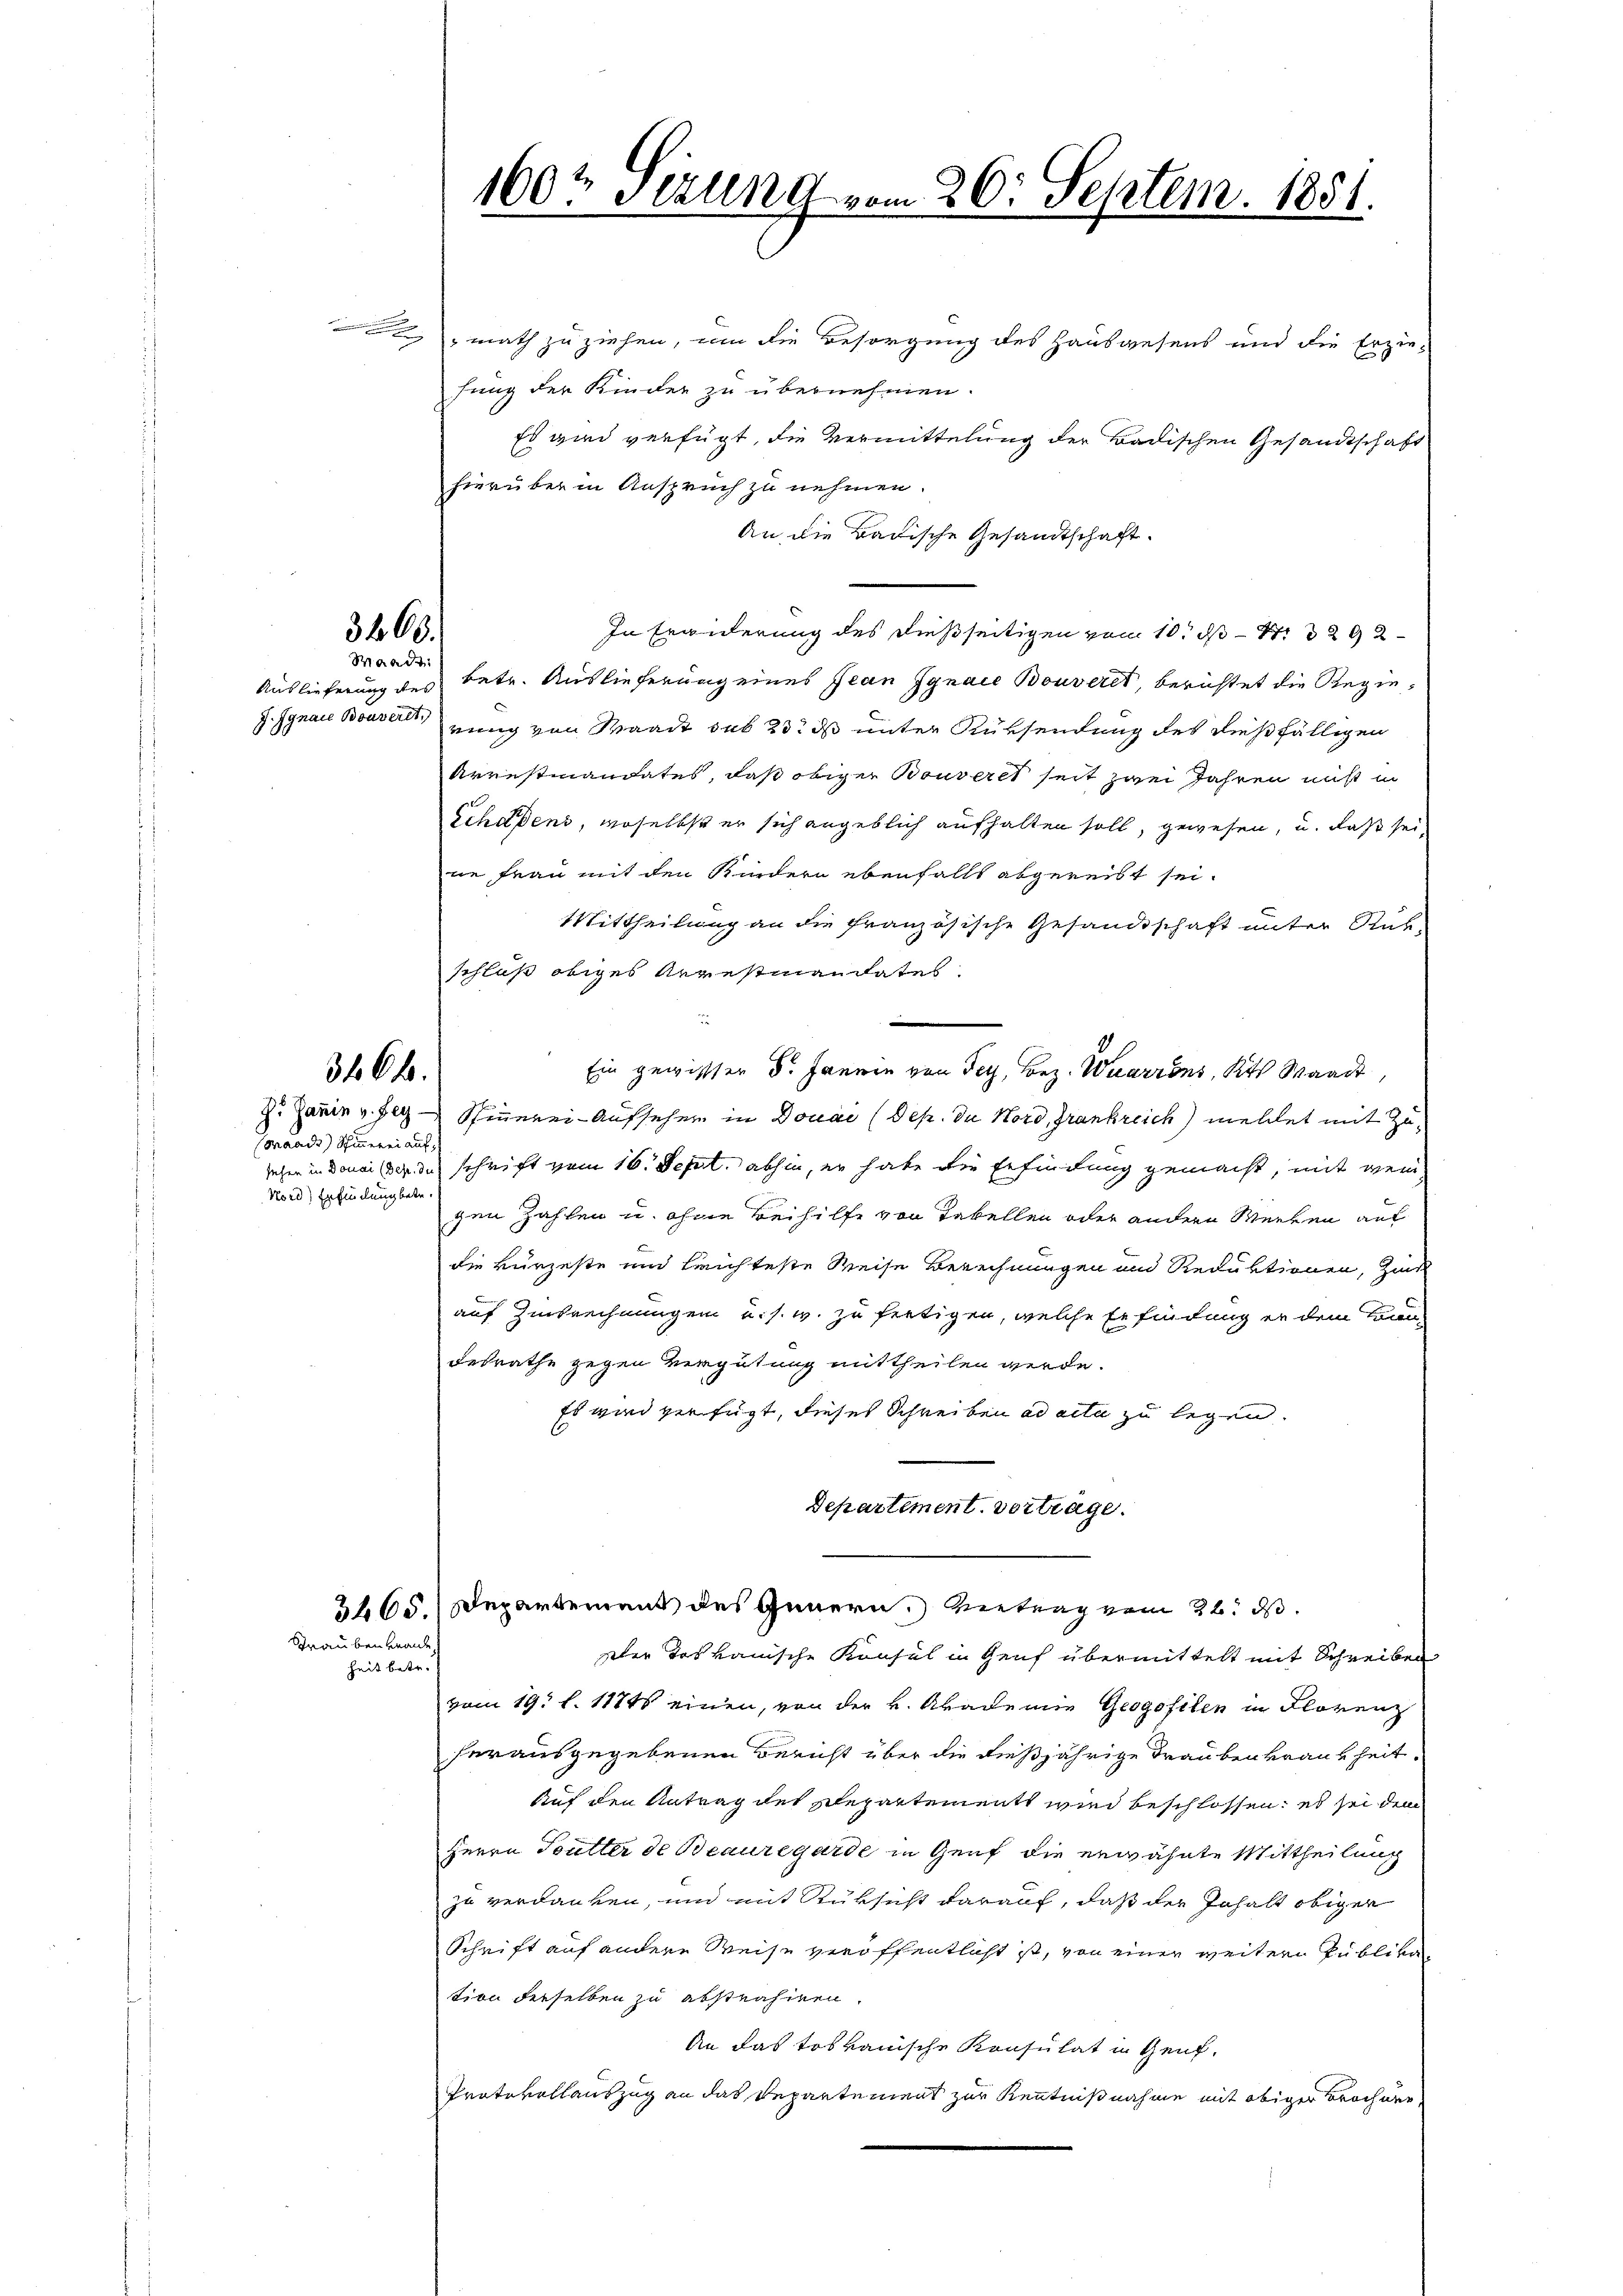
3668.
Waadt

J. Ignaie Bouveret,

346 f.

Maadi) Schinnerei auf¬
Nord) Erfindung betr.

Straubenbrande
heit betr.

math zu ziehen, um die Besorgung des Hauswesens und die Erzie-
fung der Kinder zu übernehmen.
Es wird verfügt, die Vermittelung der Badischen Gesandtschaft
hierüber in Anspruch zu nehmen.
An die Badische Gesandtschaft.
In Erwiderung des dießseitigen vom 10. ds S. 329 2
Auslieferung des betr. Auslieferung eines Jean Jgnace Bouveret, berichtet die Regienung von Waadt sub 23. ds unter Rüksendung des dießfälligen
Arrestmandates, daß obiger Bouveret seit zwei Jahren nicht in
Schadens, woselbst er sich angeblich aufhalten soll, gewesen, u. daß sei,
ne Frau mit den Kindern ebenfalls abgereist sei.
Mittheilung an die französische Gesandtschaft unter Rük
schluß obiges Arrestiandates.
n
Ein gewisser Dr. Jannin von Fey, Bez. Wuarrons, Kts. Waadt,
Z. Janin v. Jeg Steuerei Aufseher in Douae (Dep. du Nord, Grankreich mellet mit Zusehen in Donaiser du schrift vom 16. Sept. abhin, er habe die Erfindung gemacht, mit wei
gen Zahlen u. ohne Beihilfe von Tabellen oder andern Werken auf
die kürzeste und leichteste Reise Berechnungen und Reduktionen, Zins
auf Zinsrechnungen u. s. w. zu fertigen, welche Erfindung er dem Kandesrathe gegen Vergütung mittheilen werde.
Es wird verfügt, dieses Schreiben ad acta zu legen.
Departement. Vortrage.
3465. Departement des Innern. Vertrag vom 26. ds.
Der Toskanische Konsul in Genf übermittelt mit Schreiben
vom 19. d. 11745 einen, von der v. Akademie Geogofilen in Florenz
herausgegebenen Bericht über die dießjährige Traubenkrankheit
Auf den Antrag des Repartement wird beschlossen; es sei dem
Herrn Teutter de Beauregarde in Genf die erwähnte Mittheilung
zu verdanken, und mit Rüksicht darauf, daß der Inhalt obiger
Schrift auf andere Weise veröffentlicht ist, von einer weitern Zubliken
tion derselben zu abstrahiren.
An das tobvauische Konsulat in Genf.
Protokollauszug an das Departement zur Kenntnißnahme mit obiger Brochner

160t Sezung vom 26. Septem. 1851.